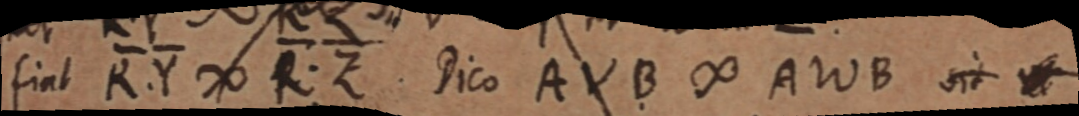
fiat R. Y ∞ R. Z . Dico AVB ∞ AWB sit